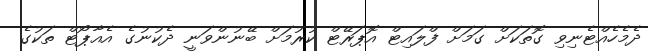
ދެމެހެއްޓެނިވި ގޮތަކަށް ގަމަށް ފްލައިޓް އޮޕަރޭޓް ކުރުމަށް ބޭނުންވަނީ ދެކުނުގެ އެއާޕޯޓް ތަކުގެ